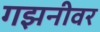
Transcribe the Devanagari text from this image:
गझनीवर